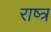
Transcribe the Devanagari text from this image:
राष्त्र